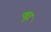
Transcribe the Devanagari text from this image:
फ्हूट